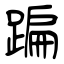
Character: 蹁